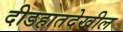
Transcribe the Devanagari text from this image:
दीडहातदेखील